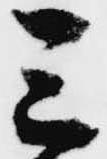
三